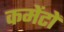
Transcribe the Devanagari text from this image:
कमेंटों